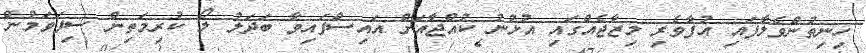
ހިނިތުންވެލާފައި އުފާވެރި މިޒާޖެއްގައި އުޅުނު ކުއްޖާއަށް އައިސްފައިވާ ބަދަލު ލޯ ކުރިމަތިން ސިފަވަމުން